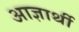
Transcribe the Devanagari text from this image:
आज्ञार्थी